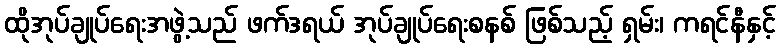
ထိုအုပ်ချုပ်ရေးအဖွဲ့သည် ဖက်ဒရယ် အုပ်ချုပ်ရေးစနစ် ဖြစ်သည့် ရှမ်း၊ ကရင်နီနှင့်